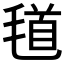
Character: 𣮹